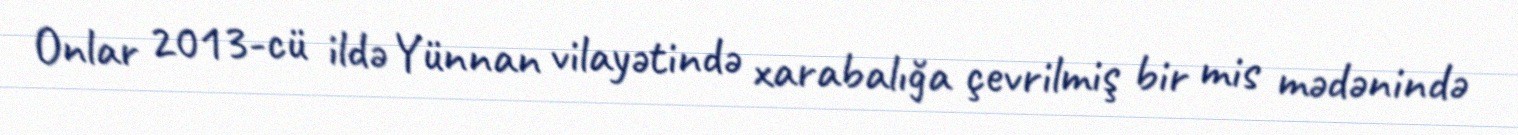
Onlar 2013-cü ildə Yünnan vilayətində xarabalığa çevrilmiş bir mis mədənində